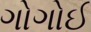
ગોગોઈ